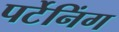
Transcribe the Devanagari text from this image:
पर्टेनिंग